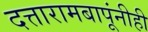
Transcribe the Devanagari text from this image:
दत्तारामबापूंनीही